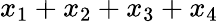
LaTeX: x_{1}+x_{2}+x_{3}+x_{4}